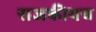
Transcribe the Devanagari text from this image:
राजकीयच